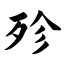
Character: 殄